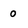
Character: 0